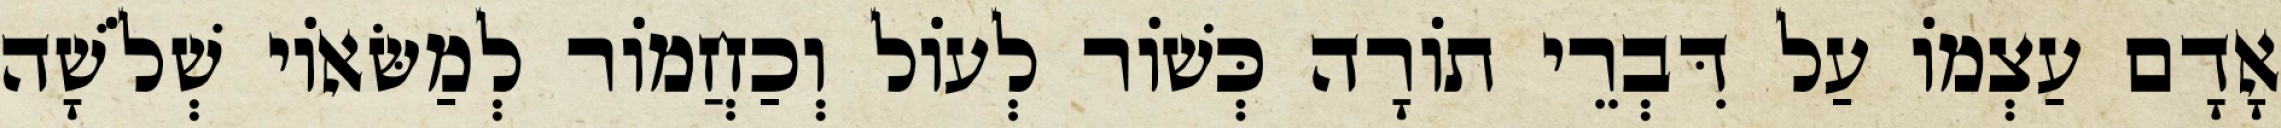
אָדָם עַצְמוֹ עַל דִּבְרֵי תוֹרָה כְּשׁוֹר לְעוֹל וְכַחֲמוֹר לְמַשּׂאוֹי שְׁלֹשָׁה